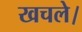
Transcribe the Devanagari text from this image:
खचले।